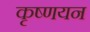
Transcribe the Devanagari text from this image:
कृष्णयन